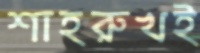
শাহরুখই